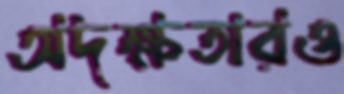
অদক্ষতারও